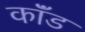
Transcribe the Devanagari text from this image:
कॉंड